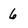
Character: 6